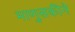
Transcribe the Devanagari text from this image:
माणुसकीने